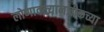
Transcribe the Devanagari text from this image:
लोणावळ्यानजीकच्या